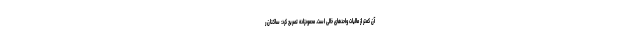
آن کمتر از مالیات واحدهای خالی است. محمودزاده تصریح کرد: ساکنان ر